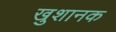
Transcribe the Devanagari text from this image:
खुशानक